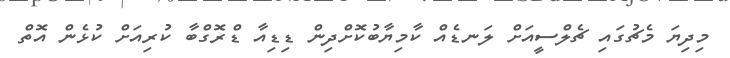
މިދިޔަ މެޗުގައި ޗެލްސީއަށް ލަނޑެއް ކާމިޔާބުކޮށްދިން ޑިޑިއާ ޑްރޮގްބާ ކުރިއަށް ކުޅެން އޮތް